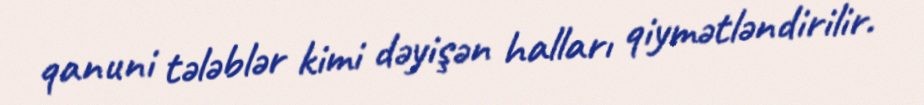
qanuni tələblər kimi dəyişən halları qiymətləndirilir.